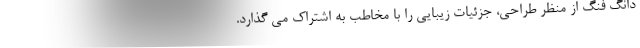
دانگ فنگ از منظر طراحی، جزئیات زیبایی را با مخاطب به اشتراک می گذارد.